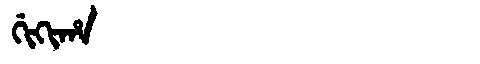
Manchu: ᡤᡳᡴᡳᡥᠠ
Romanization: GIKIHA